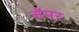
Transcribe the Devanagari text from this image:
सॅपर